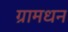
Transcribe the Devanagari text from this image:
ग्रामधन